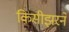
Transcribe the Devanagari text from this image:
किसीझरने